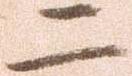
二